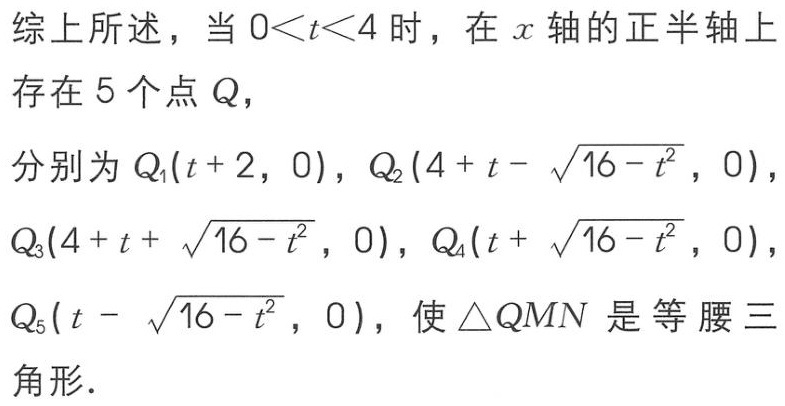
综上所述，当 \(0<t<4\) 时，在 \(x\) 轴的正半轴上存在 \(5\) 个点 \(Q\)，

分别为 \(Q_1(t + 2, 0)\)，\(Q_2(4 + t - \sqrt{16 - t^{2}}, 0)\)，

\(Q_3(4 + t + \sqrt{16 - t^{2}}, 0)\)，\(Q_4(t + \sqrt{16 - t^{2}}, 0)\)，

\(Q_5(t - \sqrt{16 - t^{2}}, 0)\)，使 \(\triangle QMN\) 是等腰三角形．